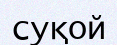
суқой